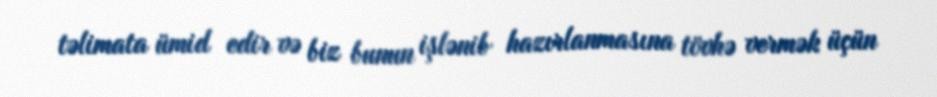
təlimata ümid edir və biz bunun işlənib hazırlanmasına tövhə vermək üçün